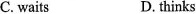
C. waits D. thinks